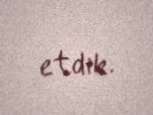
etdik.